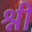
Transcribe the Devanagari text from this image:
श्नी